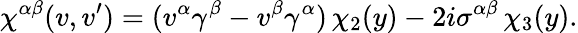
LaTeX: \chi^{\alpha\beta}(v,v^{\prime})=(v^{\alpha}\gamma^{\beta}-v^{\beta}\gamma^{\alpha})\, \chi_{2}(y)-2i\sigma^{\alpha\beta}\, \chi_{3}(y).